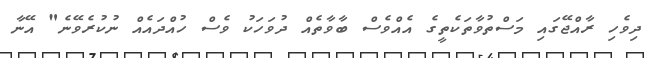
ދިވެހި ރާއްޖޭގައި މަސްތުވާތަކެތީގެ އެއްވެސް ބާވާތެއް ދުވަހަކު ވެސް ހުއްދައެއް ނުކުރެވޭނެ" އޭނާ